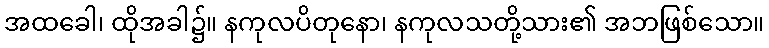
အထခေါ၊ ထိုအခါ၌။ နကုလပိတုနော၊ နကုလသတို့သား၏ အဘဖြစ်သော။